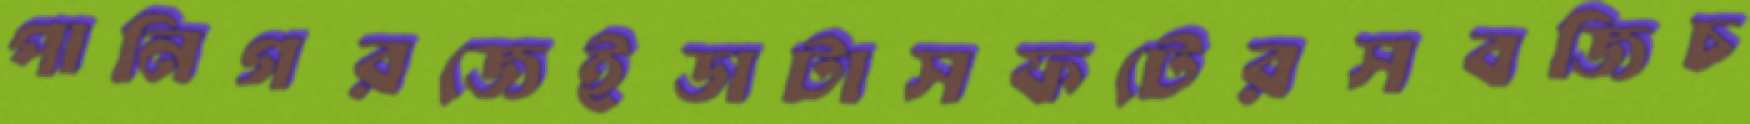
পানিগরজেইডাটাসফটেরসবজিচ